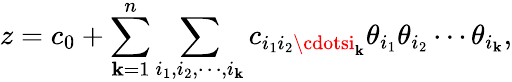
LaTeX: z=c_{0}+\sum_{\mathbf{k}=1}^{n}\sum_{i_{1},i_{2},\cdots,i_{\mathbf{k}}}c_{i_{1}i_{2}\cdotsi_{\mathbf{k}}}\theta_{i_{1}}\theta_{i_{2}}\cdots\theta_{i_{\mathbf{k}}},